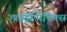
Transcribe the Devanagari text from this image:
हाईड्रोपोनिक्स